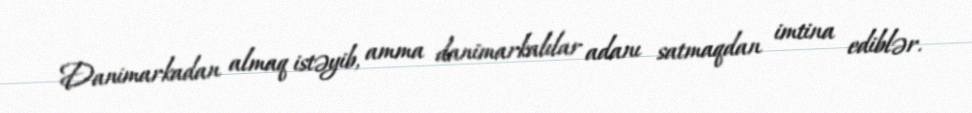
Danimarkadan almaq istəyib, amma danimarkalılar adanı satmaqdan imtina ediblər.